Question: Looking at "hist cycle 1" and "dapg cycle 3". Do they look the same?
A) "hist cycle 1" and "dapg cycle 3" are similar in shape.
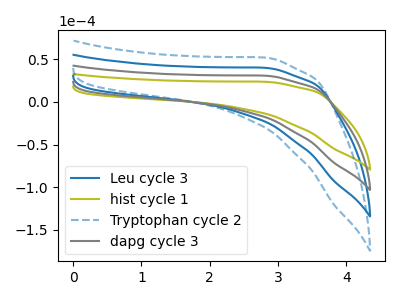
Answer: <think>The blue curve "Leu cycle 3" has no peaks. The olive curve "hist cycle 1" has no peaks. The blue dashed curve "Tryptophan cycle 2" has no peaks. The gray curve "dapg cycle 3" has no peaks.
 Neither "hist cycle 1" or "dapg cycle 3" have any peaks.</think>
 <answer>A) "hist cycle 1" and "dapg cycle 3" are similar in shape.</answer>
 <eval>A</eval>